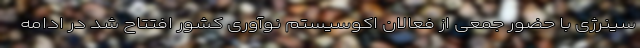
سینرژی با حضور جمعی از فعالان اکوسیستم نوآوری کشور افتتاح شد در ادامه